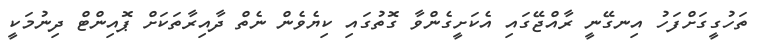
ތަހުގީގަށްފަހު އިނގޭނީ ރާއްޖޭގައި އެކަށީގެންވާ ގޮތުގައި ކިޔެވެން ނެތް ދާއިރާތަކަށް ޕޮއިންޓް ދިނުމަކީ